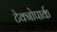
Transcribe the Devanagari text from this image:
टेक्नोपार्क